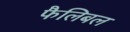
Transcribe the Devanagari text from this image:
फैलिबल